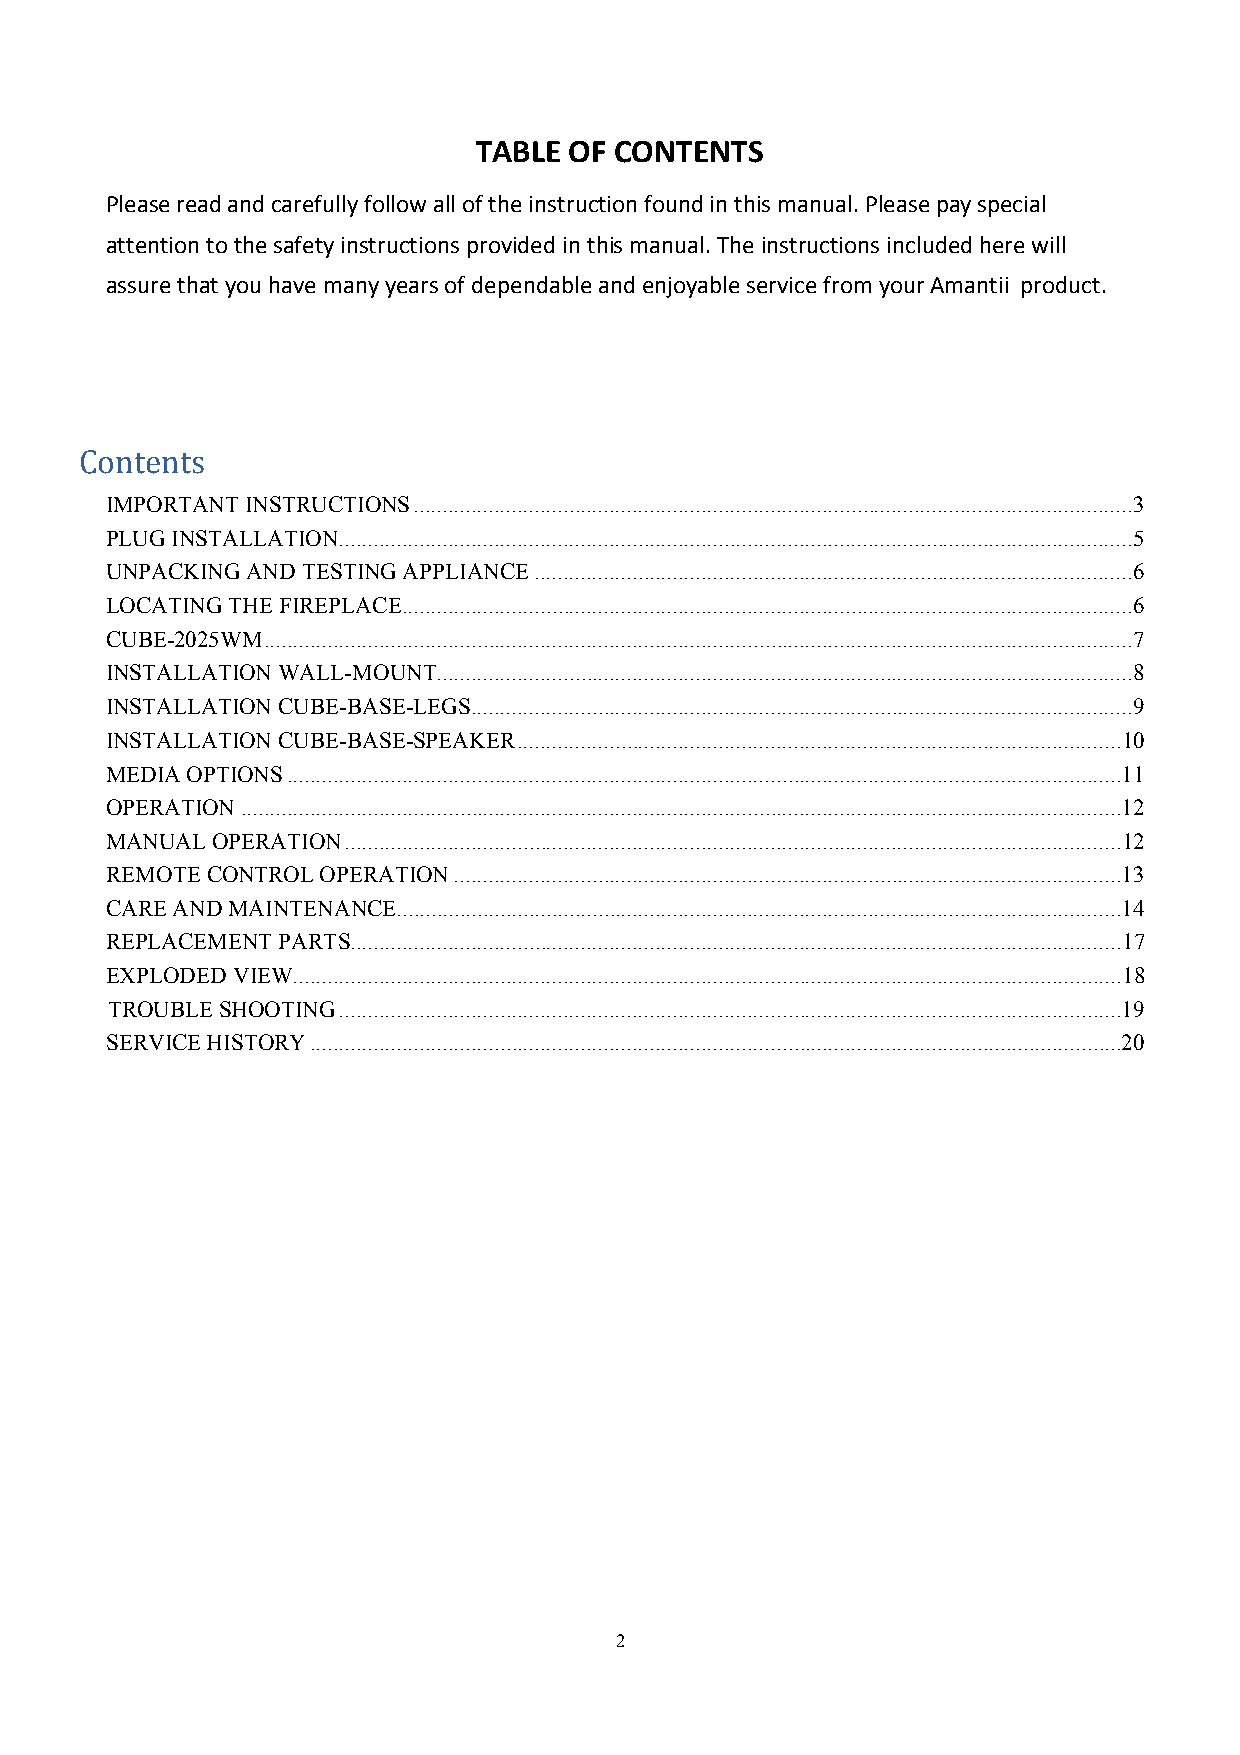
TABLE OF CONTENTS
 Please read and carefully follow all of the instruction found in this manual. Please pay special
 attention to the safety instructions provided in this manual. The instructions included here will
 assure that you have many years of dependable and enjoyable service from your Amantii product.
 Contents
 IMPORTANT INSTRUCTIONS ............................................................................................................................. 3
 PLUG INSTALLATION.......................................................................................................................................... 5
 UNPACKING AND TESTING APPLIANCE ........................................................................................................ 6
 LOCATING THE FIREPLACE ............................................................................................................................... 6
 CUBE-2025WM ....................................................................................................................................................... 7
 INSTALLATION WALL-MOUNT ......................................................................................................................... 8
 INSTALLATION CUBE-BASE-LEGS ................................................................................................................... 9
 INSTALLATION CUBE-BASE-SPEAKER .........................................................................................................10
 MEDIA OPTIONS ................................................................................................................................................. 11
 OPERATION ......................................................................................................................................................... 12
 MANUAL OPERATION ....................................................................................................................................... 12
 REMOTE CONTROL OPERATION .................................................................................................................... 13
 CARE AND MAINTENANCE.............................................................................................................................. 14
 REPLACEMENT PARTS ...................................................................................................................................... 17
 EXPLODED VIEW ................................................................................................................................................ 18
 TROUBLE SHOOTING ........................................................................................................................................ 19
 SERVICE HISTORY ............................................................................................................................................. 20
 2